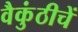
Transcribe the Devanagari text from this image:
वैकुंठीचें